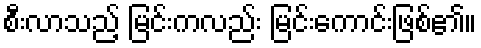
စီးလာသည့် မြင်းကလည်း မြင်းကောင်းဖြစ်၏။